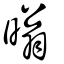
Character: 暡